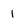
Character: 1